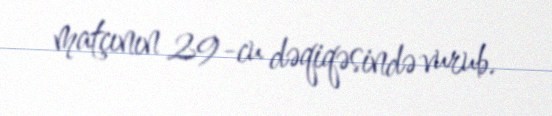
matçının 29-cu dəqiqəsində vurub.